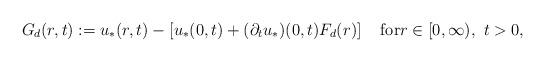
LaTeX: \begin{align*} G_d(r,t):=u_*(r,t)-\left[u_*(0,t)+(\partial_tu_*)(0,t)F_d(r)\right]\quad\mbox{for}r\in[0,\infty),\,\,t>0, \end{align*}